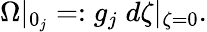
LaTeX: \Omega|_{0_{j}}=:g_{j}\; d\zeta|_{\zeta=0}.